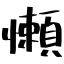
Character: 懶